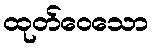
ထုတ်ဝေသော